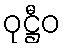
ဝုဋ္ဌီဝ